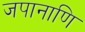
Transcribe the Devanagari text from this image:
जपानाणि